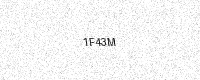
Text: 1F43M